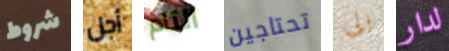
شروط أجل التام تحتاجين الى لدار